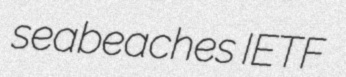
seabeaches IETF